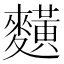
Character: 䵃